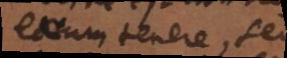
earum tenere, sed